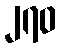
၂၇၀